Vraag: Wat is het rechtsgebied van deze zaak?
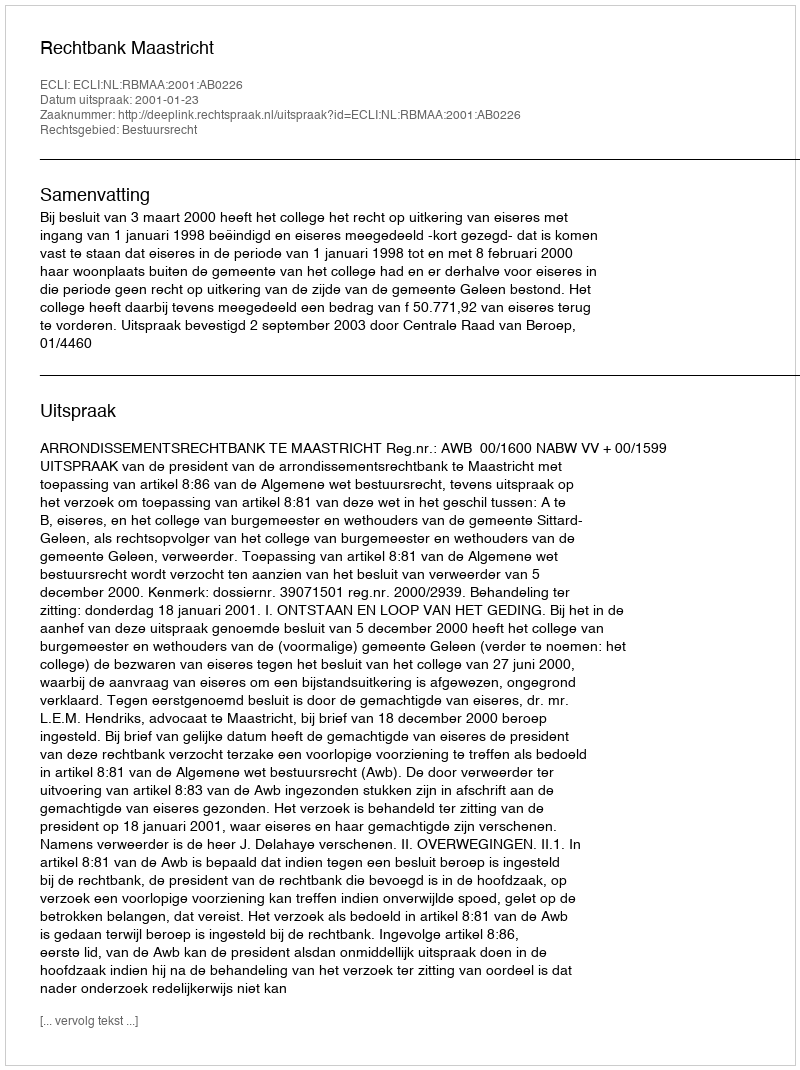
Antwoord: Bestuursrecht